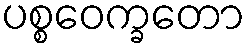
ပစ္စဝေက္ခတော